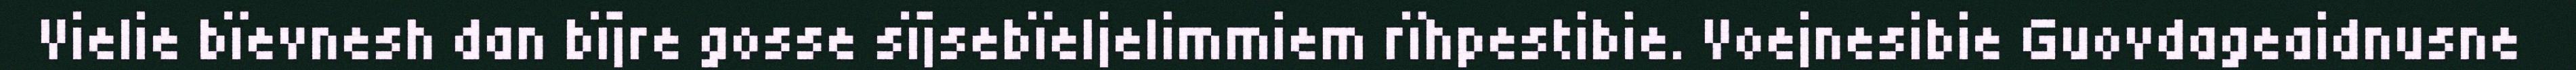
Vielie bïevnesh dan bïjre gosse sïjsebïeljelimmiem rïhpestibie. Voejnesibie Guovdageaidnusne